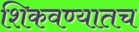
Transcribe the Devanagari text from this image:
शिकवण्यातच